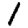
Digit: 1